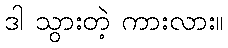
ဒါ သွားတဲ့ ကားလား။